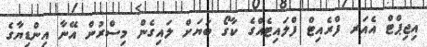
އިޖިޕްޓް އެއަރ ފްރެއިޓް ފްލައިޓެއްގެ ކާގޯ ބަޔަށް ލައިގެން މިސްރުން އޭނާ އިންޑިޔާގެ